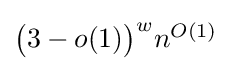
{\textstyle {\bigl (}3-o(1){\bigr )}^{w}n^{O(1)}}